Scottish Certificate of Education, 1962
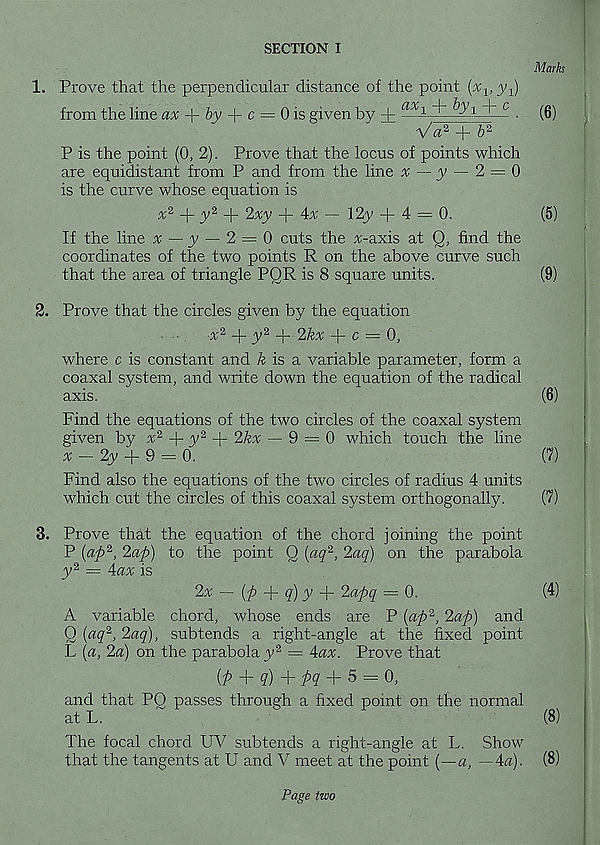
SECTION I
Marks
1. Prove that the perpendicular distance of the point
from the line ^ + hy + c = 0 is given by + fLV 1
^ 1 ' r - C ■
V^2 +
P is the point (0, 2). Prove that the locus of points which
are equidistant from P and from the line ^ — y — 2 = 0
is the curve whose equation is
x 2
y 2 ~\~ 2xy + 4x — 12y -4-4 = 0.
If the line x — y — 2 = 0 cuts the %-axis at Q, find the
coordinates of the two points R on the above curve such
that the area of triangle PQR is 8 square units.
(6)
(5)
(9)
2. Prove that the circles given by the equation
x 2 -f- y 2 -|- 2kx q- c = 0,
where c is constant and & is a variable parameter, form a
coaxal system, and write down the equation of the radical
axis.
(6)
Find the equations of the two circles of the coaxal system
given by x 2
y 2 y- 2kx — 9 = 0 which touch the line
* - 2y + 9 = 0.
(7)
Find also the equations of the two circles of radius 4 units
which cut the circles of this coaxal system orthogonally.
(7)
3. Prove that the equation of the chord joining the point
P (ap 2 , 2ap) to the point Q (aq 2 , 2aq) on the parabola
y 2 = 4ax is
2x — (^ + ?) y + 2apq = 0.
(4)
A variable chord, whose ends are P {ap 2 , 2ap) and
O {aq 2 , 2aq), subtends a right-angle at the fixed point
L {a, 2a) on the parabola y 2 = 4ax. Prove that
{fi + q) + pq + 5 = 0,
and that PO passes through a fixed point on the normal
at L.
(8)
The focal chord UV subtends a right-angle at L. Show
that the tangents at U and V meet at the point {—a, —4a). (8)
Page two